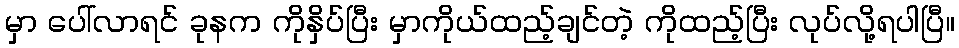
မှာ ပေါ်လာရင် ခုနက ကိုနှိပ်ပြီး မှာကိုယ်ထည့်ချင်တဲ့ ကိုထည့်ပြီး လုပ်လို့ရပါပြီ။